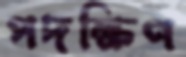
পদক্ষিণ